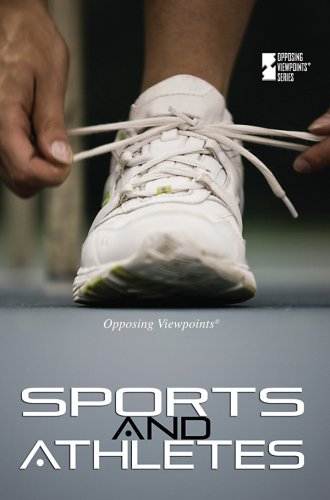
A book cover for Sports and Athletes (Opposing Viewpoints); Christine Watkins; Teen & Young Adult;